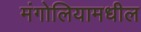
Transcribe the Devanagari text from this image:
मंगोलियामधील